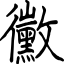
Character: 黴